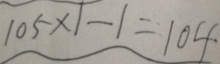
1 0 5 \times 1 - 1 = 1 0 4